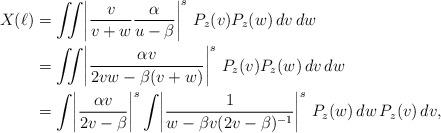
LaTeX: \begin{align*}X(\ell) &= \iint \! \left| \frac{v}{v + w} \frac{\alpha}{u - \beta}\right|^s \, P_z(v)P_z(w) \, dv \, dw\\ &= \iint \! \left| \frac{\alpha v}{2vw - \beta(v + w)}\right|^s \,P_z(v)P_z(w) \, dv \, dw\\ &= \int \! \left|\frac{\alpha v}{2v - \beta}\right|^s \int \! \left| \frac{1}{w - \beta v (2v - \beta)^{-1} }\right|^s \,P_z(w)\, dw \, P_z(v) \, dv, \end{align*}